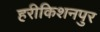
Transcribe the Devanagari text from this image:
हरीकिशनपुर